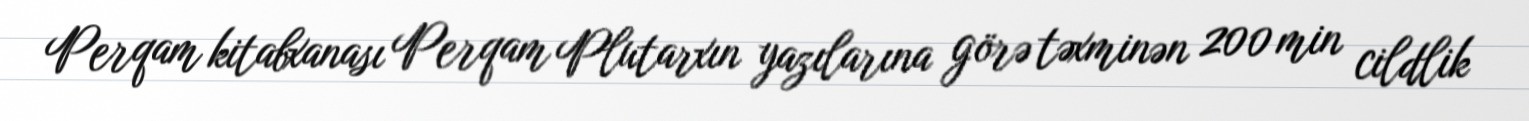
Perqam kitabxanası Perqam Plutarxın yazılarına görə təxminən 200 min cildlik